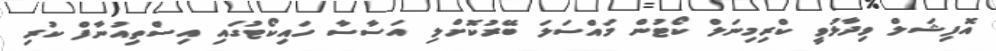
އޮފިޝަލް ވިދާޅުވީ ކްރިމިނަލް ކޯޓުން މައްސަލަ ބޭރުކޮށްލި އަސާސާ ހައިކޯޓުގައި އިސްތިއުނާފް ކުރި